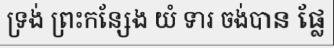
ទ្រង់ ព្រះកន្សែង យំ ទារ ចង់បាន ផ្លែ